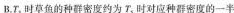
B.T，时草鱼的种群密度约为T_{5}时对应种群密度的一半